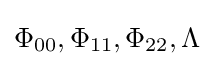
\Phi _{00},\Phi _{11},\Phi _{22},\Lambda